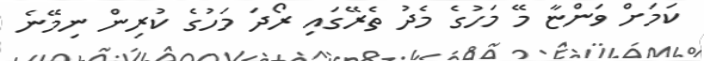
ކަމަށް ވަންޏާ މޭ މަހުގެ މެދު ތެރޭގައި ރޯދަ މަހުގެ ކުރިން ނިމޭނެ